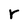
Character: r